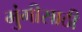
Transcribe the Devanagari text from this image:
मुंगीसाठी